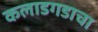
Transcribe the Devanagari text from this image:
कलाडगडाचा